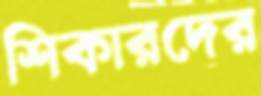
শিকারদের